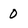
Character: 0